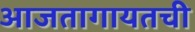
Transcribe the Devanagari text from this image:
आजतागायतची